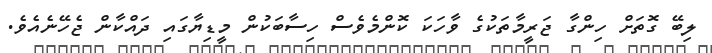
ލިބޭ ގޮތަށް ހިންގާ ޖަރީމާތަކުގެ ވާހަކަ ކޮންމެވެސް ހިސާބަކުން މީޑިޔާގައި ދައްކާން ޖެހޭނެއެވެ.